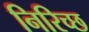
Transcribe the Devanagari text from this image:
निरिच्छ